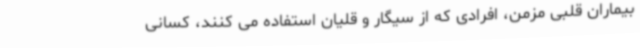
بیماران قلبی مزمن، افرادی که از سیگار و قلیان استفاده می کنند، کسانی